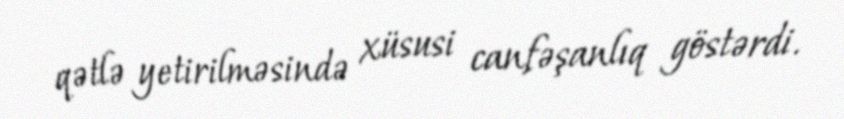
qətlə yetirilməsində xüsusi canfəşanlıq göstərdi.